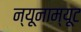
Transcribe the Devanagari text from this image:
न्यूनाम्यूट